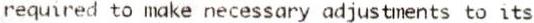
REQUIRED TO MAKE NECESSARY ADJUSTMENTS TO ITS